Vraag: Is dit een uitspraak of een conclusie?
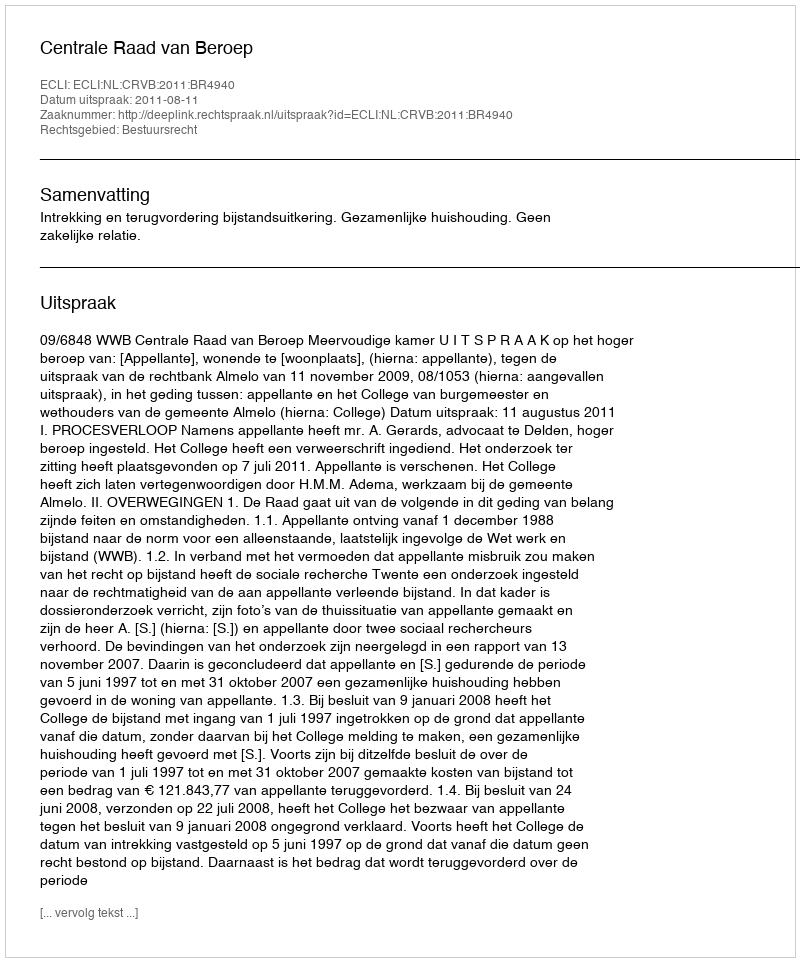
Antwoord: Uitspraak